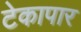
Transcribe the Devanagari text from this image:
टेकापार